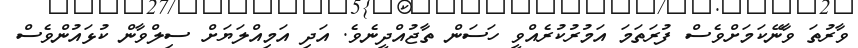
ވާރުތަ ވާނޭކަމަށްވެސް ފުރަތަމަ އަމުރުކުރެއްވީ ހަސަން ތާޖުއްދީނެވެ. އަދި އަމިއްލަޔަށް ސިލްވާން ކުޅައުންވެސް